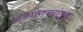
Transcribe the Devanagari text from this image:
राज्यांराज्यांतून